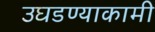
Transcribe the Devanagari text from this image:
उघडण्याकामी